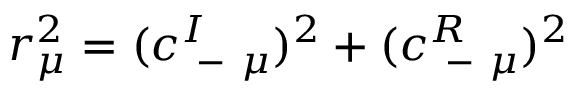
r _ { \mu } ^ { 2 } = ( c _ { \mathrm { ~ - ~ } \mu } ^ { I } ) ^ { 2 } + ( c _ { \mathrm { ~ - ~ } \mu } ^ { R } ) ^ { 2 }